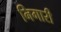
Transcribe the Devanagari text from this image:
निगारी